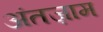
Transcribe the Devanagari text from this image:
अंतज़ाम